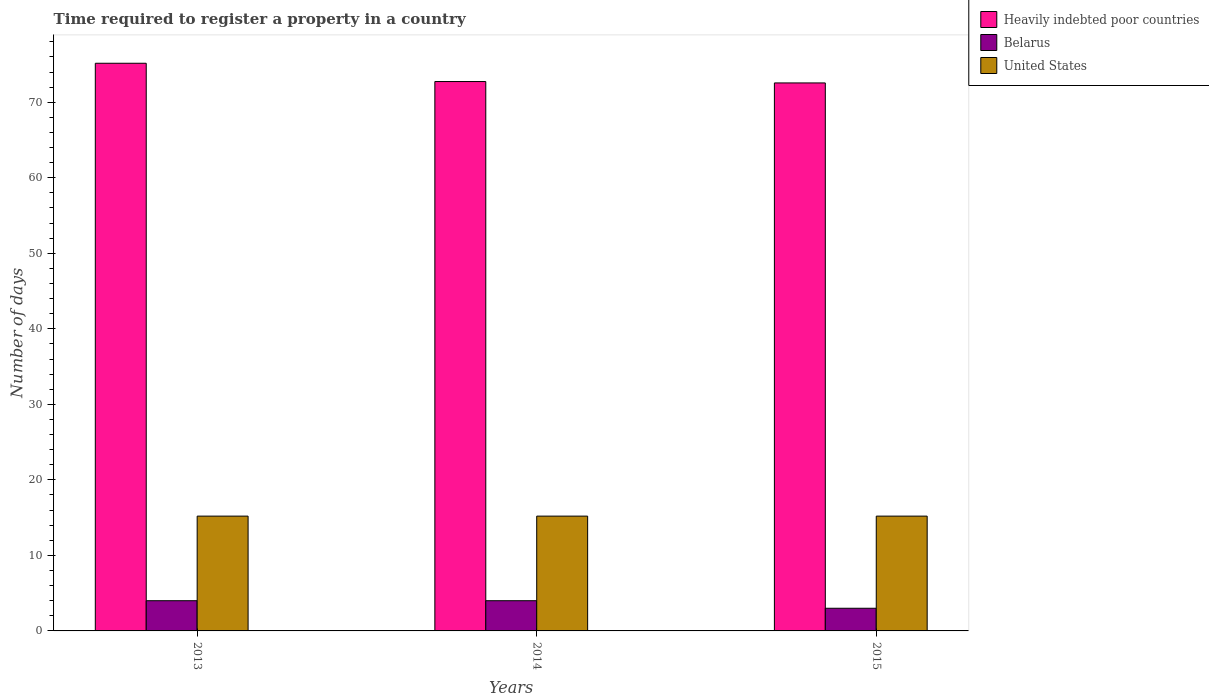
| Years | Heavily indebted poor countries | Belarus | United States |
 | --- | --- | --- | --- |
 | 2013 | 75.2 | 4 | 15.2 |
 | 2014 | 72.7 | 4 | 15.2 |
 | 2015 | 72.6 | 3 | 15.2 |